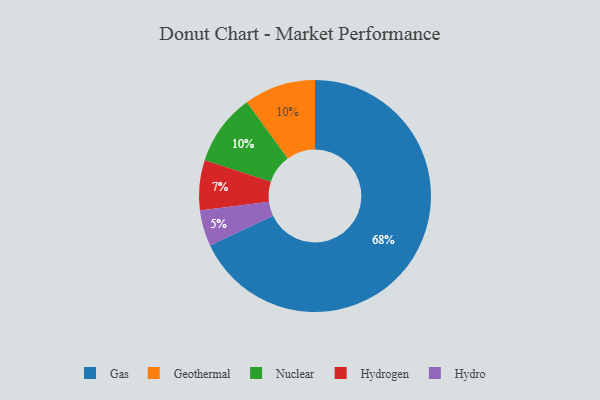
{"axis": {"x": "Category", "y": "Percentage"}, "legend": ["Gas", "Geothermal", "Hydro", "Hydrogen", "Nuclear"], "data": [{"x": "Geothermal", "y": 10, "type": "Geothermal"}, {"x": "Hydro", "y": 5, "type": "Hydro"}, {"x": "Hydrogen", "y": 7, "type": "Hydrogen"}, {"x": "Gas", "y": 68, "type": "Gas"}, {"x": "Nuclear", "y": 10, "type": "Nuclear"}]}